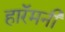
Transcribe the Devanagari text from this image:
हारॅमनी